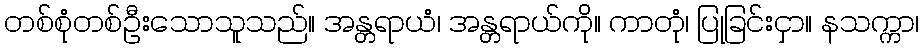
တစ်စုံတစ်ဦးသောသူသည်။ အန္တရာယံ၊ အန္တရာယ်ကို။ ကာတုံ၊ ပြုခြင်းငှာ။ နသက္ကာ၊